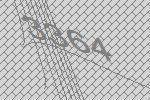
3364